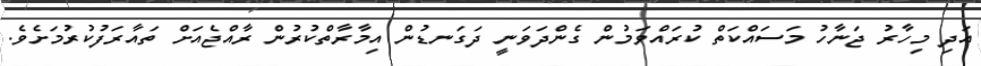
އަދި މިހާރު ޖަނާހު މަސައްކަތް ކުރައްވަމުން ގެންދަވަނީ ދަގަނޑުން އިމާރާތްކުރުން ރާއްޖެއަށް ތައާރަފުކުރުމަށެވެ.